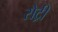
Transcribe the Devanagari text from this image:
रोट्री